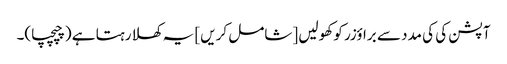
آپشن کی کی مدد سے براؤزر کو کھولیں [شامل کریں] یہ کھلا رہتا ہے (چپچپا)۔